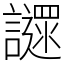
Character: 䜚